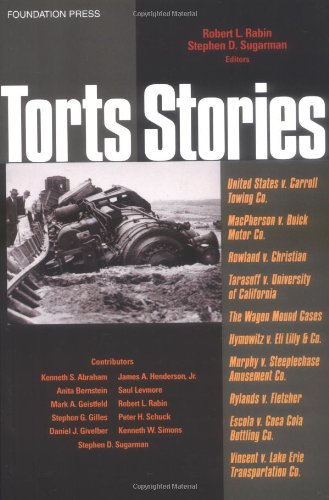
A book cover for Torts Stories (Law Stories); Robert Rabin; Law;